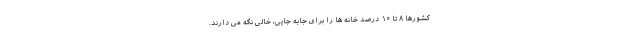
کشورها ۸ تا ۱۰ درصد خانه ها را برای جابه جایی، خالی نگه می دارند.